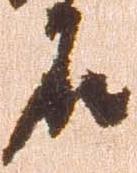
名